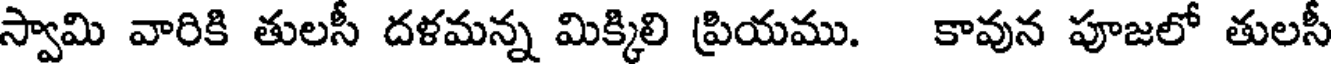
స్వామి వారికి తులసీ దళమన్న మిక్కిలి ప్రియము. కావున పూజలో తులసీ